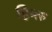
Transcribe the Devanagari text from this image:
हिमरु